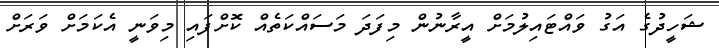
ޝަހީދުގެ އަގު ވައްޓައިލުމަށް އީރާނުން މިފަދަ މަސައްކަތެއް ކޮށްފައި މިވަނީ އެކަމަށް ވަރަށް